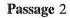
Passage 2